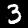
Label: 3